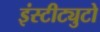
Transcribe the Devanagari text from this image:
इंस्टीट्युटो